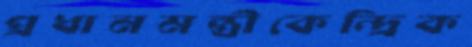
প্রধানমন্ত্রীকেন্দ্রিক